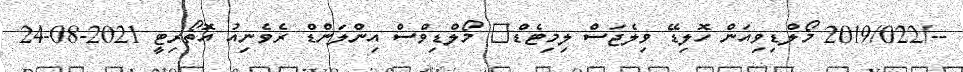
--/2019/022 މޯލްޑިވިއަން ހޮލިޑޭ ވިލެޖަސް ލިމިޓެޑް	 މޯލްޑިވްސް އިންލަންޑް ރެވެނިއު އޮތޯރިޓީ 2021-08-24